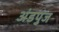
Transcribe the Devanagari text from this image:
अंडपुंज